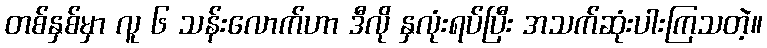
တစ်နှစ်မှာ လူ ၆ သန်းလောက်ဟာ ဒီလို နှလုံးရပ်ပြီး အသက်ဆုံးပါးကြသတဲ့။